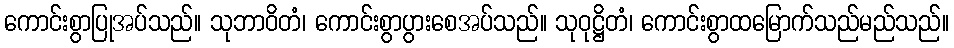
ကောင်းစွာပြုအပ်သည်။ သုဘာဝိတံ၊ ကောင်းစွာပွားစေအပ်သည်။ သုဝုဋ္ဌိတံ၊ ကောင်းစွာထမြောက်သည်မည်သည်။